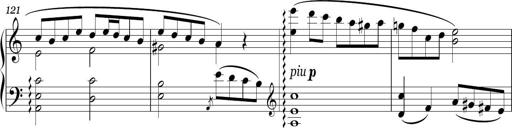
Title: Sonatina in E minor
Composer: Shuwen Zhang
Key: E minor